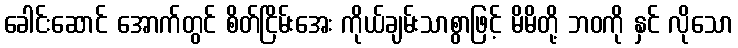
ခေါင်းဆောင် အောက်တွင် စိတ်ငြိမ်းအေး ကိုယ်ချမ်းသာစွာဖြင့် မိမိတို့ ဘဝကို နှင် လိုသော